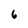
Character: 6